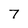
Character: 7